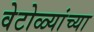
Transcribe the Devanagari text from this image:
वेटोळ्यांच्या